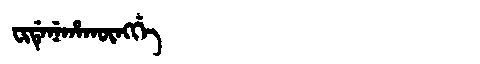
Manchu: ᠸᡳᡩᡝᠨᡝᡥᠠᡴᡡᠩᡤᡝ
Romanization: FIDENEHAKŪNGGE